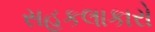
સહકલાકારો